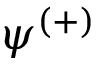
\psi ^ { ( + ) }